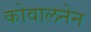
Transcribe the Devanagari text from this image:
कोवालनेन